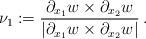
\begin{align*}\nu_1 := \frac{\partial_{x_1} w \times \partial_{x_2} w}{|\partial_{x_1} w \times \partial_{x_2} w|}\, . \end{align*}